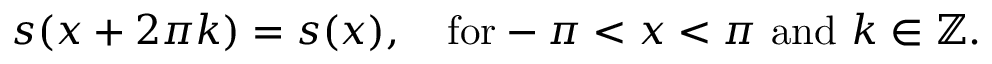
s ( x + 2 \pi k ) = s ( x ) , \quad \mathrm { f o r } - \pi < x < \pi { \mathrm { ~ a n d ~ } } k \in \mathbb { Z } .